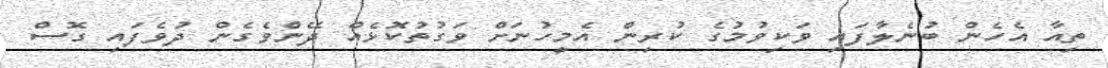
ތިއާ އެހެން ބުނެލާފައި ވަކިވުމުގެ ކުރިން އެމީހުނަށް ވަގުތުކޮޅެއް ދޭންވެގެން ދުވެފައި ގޮސް